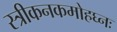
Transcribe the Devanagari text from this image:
स्त्रीकनकमोहघ्नः